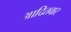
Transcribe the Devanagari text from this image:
आदितवार